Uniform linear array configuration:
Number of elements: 8
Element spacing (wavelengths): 1
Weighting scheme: binomial
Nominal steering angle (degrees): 45
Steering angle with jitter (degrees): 44.393
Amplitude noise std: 0.05
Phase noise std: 0.05

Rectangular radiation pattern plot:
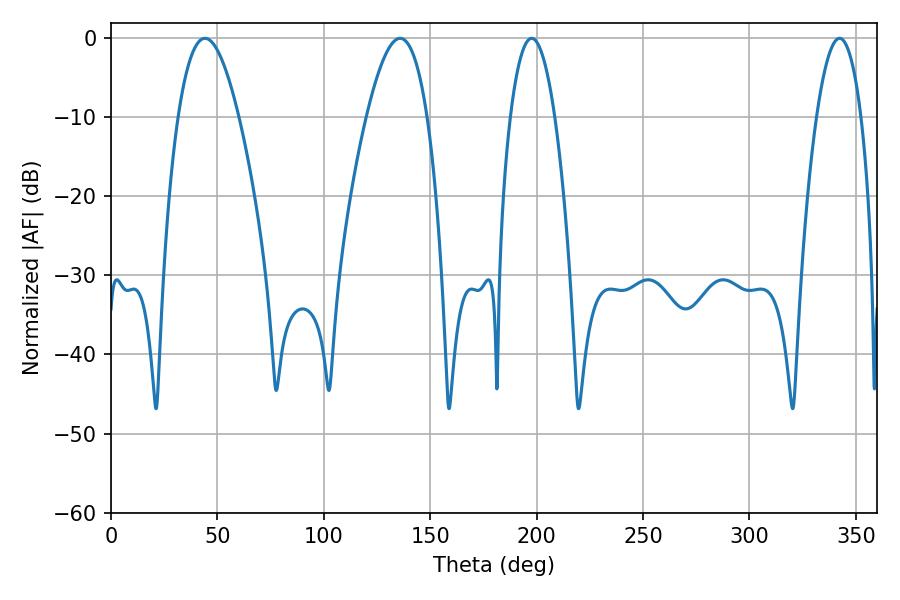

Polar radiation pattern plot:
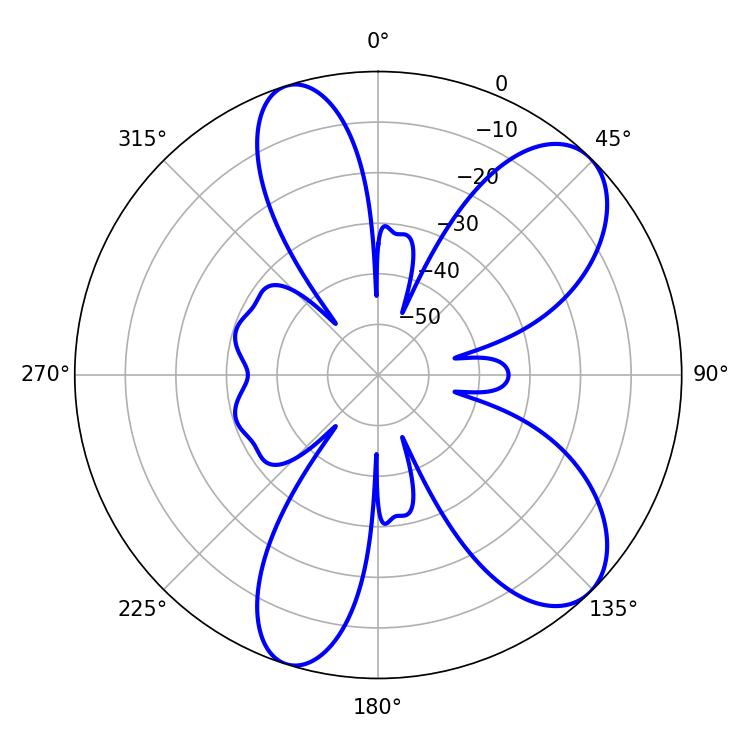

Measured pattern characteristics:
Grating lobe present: TRUE
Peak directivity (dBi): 8.557
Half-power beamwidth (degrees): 11.52
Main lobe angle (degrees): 197.64